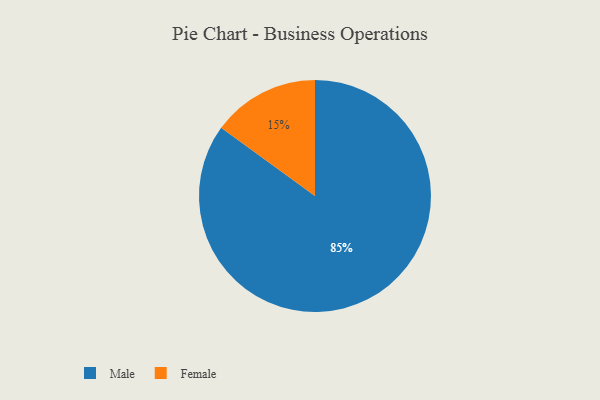
{"axis": {"x": "Category", "y": "Percentage"}, "legend": ["Female", "Male"], "data": [{"x": "Male", "y": 85, "type": "Male"}, {"x": "Female", "y": 15, "type": "Female"}]}